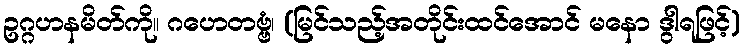
ဥဂ္ဂဟနမိတ်ကို။ ဂဟေတဗ္ဗံ၊ (မြင်သည့်အတိုင်းထင်အောင် မနော ဒွါရဖြင့်)